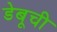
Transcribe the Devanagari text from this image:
डेबूची